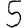
Digit: 5